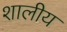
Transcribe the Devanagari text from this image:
शालीय